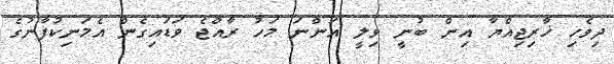
ދިވެހި ޚާރިޖިއްޔާ އިން ބުނީ ވިލީ އަންނަ މަހު ރާއްޖެ ވަޑައިގެން އެމަނިކުފާނުގެ